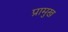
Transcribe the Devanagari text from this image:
प्रामुख